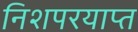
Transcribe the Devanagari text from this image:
निशपरयाप्त